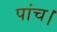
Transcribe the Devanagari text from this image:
पांच।